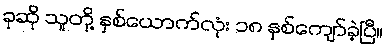
ခုဆို သူတို့ နှစ်ယောက်လုံး ၁၈ နှစ်ကျော်ခဲ့ပြီ။